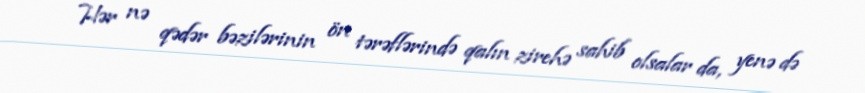
Hər nə qədər bəzilərinin ön tərəflərində qalın zirehə sahib olsalar da, yenə də